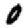
Digit: 0